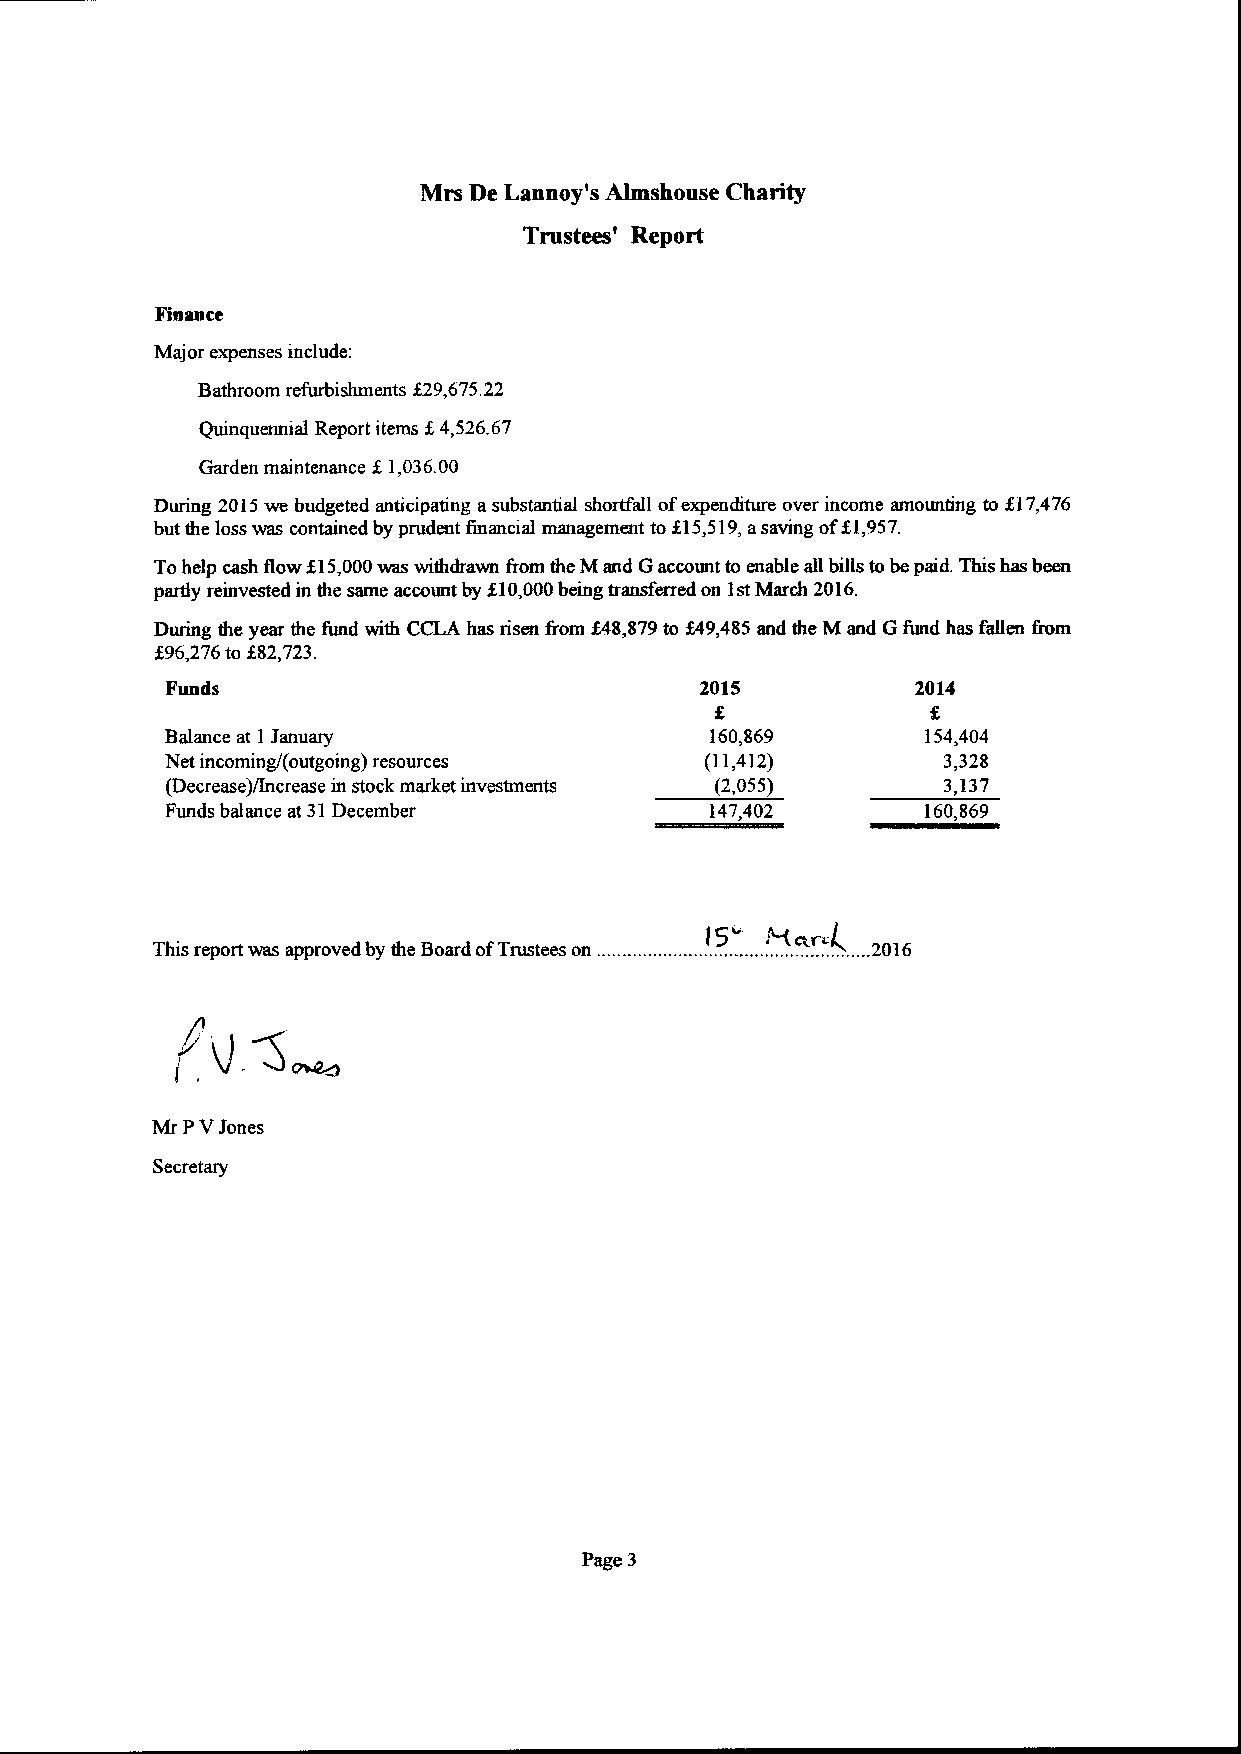
Mrs De Lannoy's Almshouse Charity
 Trustees' Report
 Finance
 Major expenses include:
 Bathroom refurbishments f29,675.22
 Quinquennial Report items X4,526.67
 Garden maintenance X1,036.00
 During 2015we budgeted anticipating asubstantial shortfall ofexpenditure over income amounting to f17,476
 but the loss was contained by prudent financial management to f15,519,asaving of51,957.
 Tohelp cash flow $15,000was withdrawn &om the Mand Gaccount to enable all bills tobepaid. This has been
 partly reinvested in the same account by f10,000being transferred on 1stMarch 2016.
 During the year the fund with CCLA has risen from f 48,879to $49,485 and the M and Gfund has fallen from
 $96,276to X82,723.
 Funds                              2015           2014
 Balance at 1 January                160,869       154,404
 Net incoming/(outgoing) resources   (11,412)       3,328
 (Decrease)/Increase in stock market investments (2,055) 3,137
 Funds balance at 31December         147,402       160,869
 This report was approved by the Board ofTrustees on .......2016
 Mr PVJones
 Secretary
 Page 3